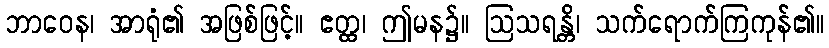
ဘာဝေန၊ အာရုံ၏ အဖြစ်ဖြင့်။ ဧတ္ထ၊ ဤမန၌။ ဩသရန္တိ၊ သက်ရောက်ကြကုန်၏။